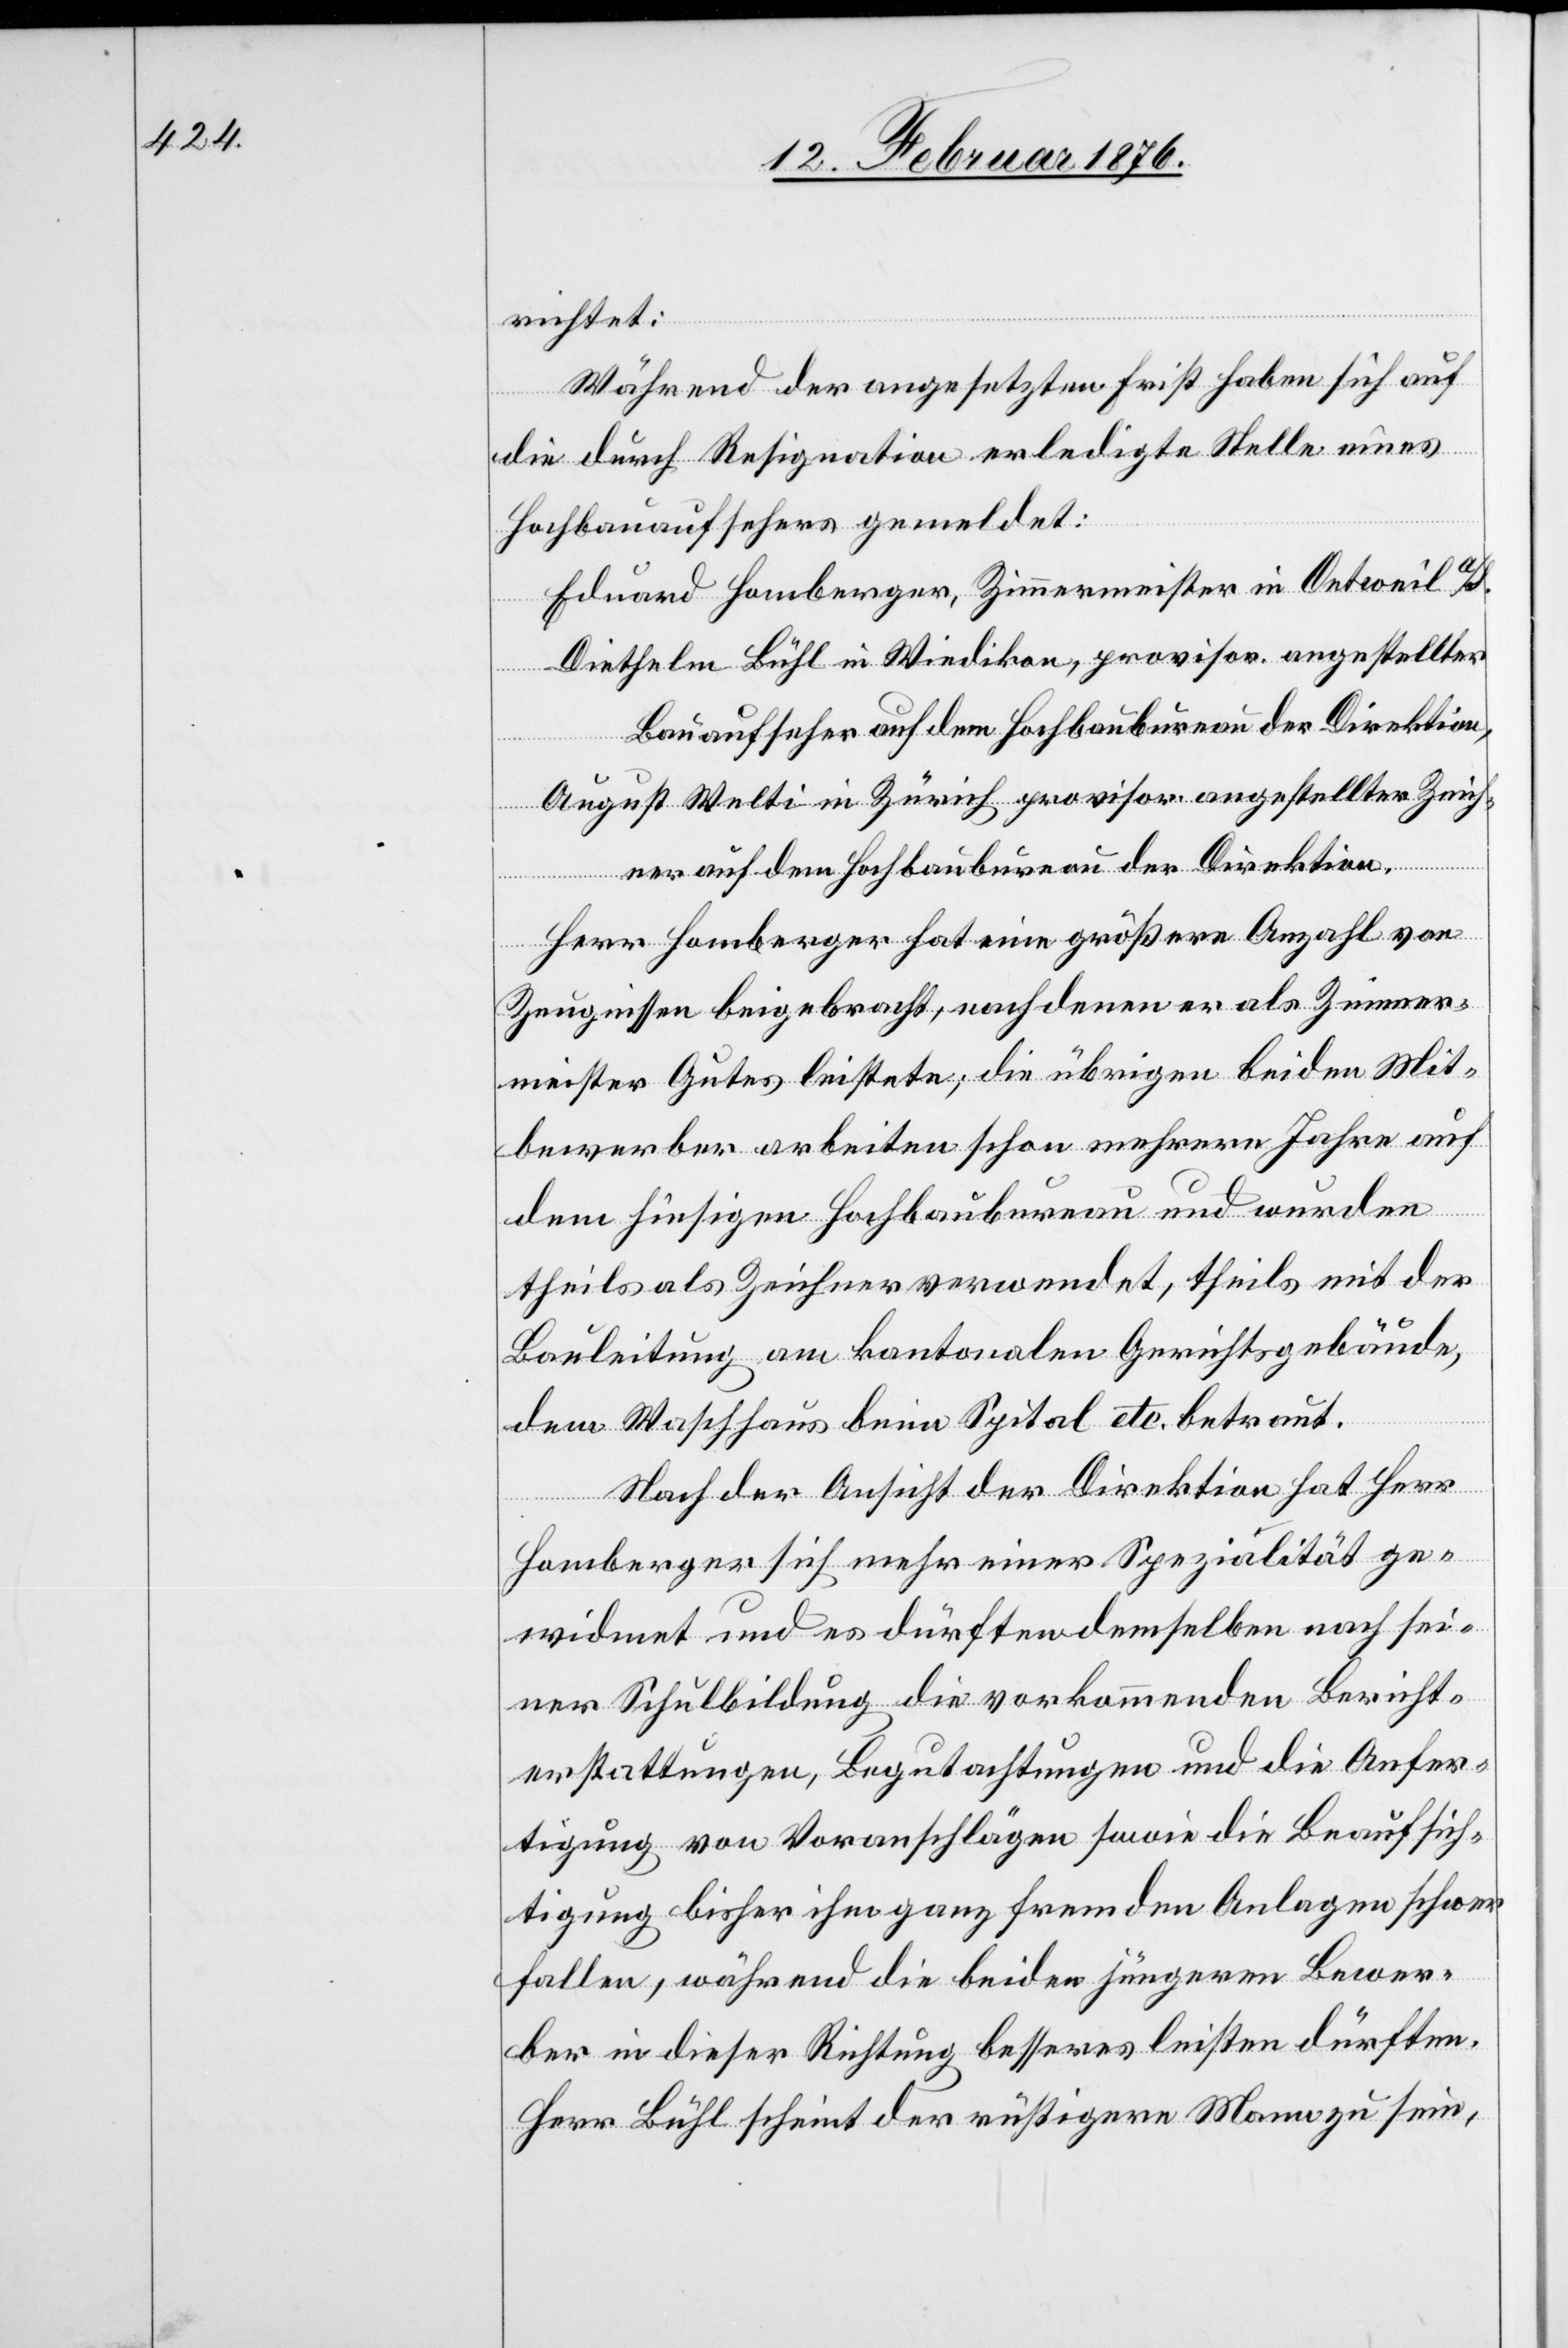
richtet:
Während der angesetzten Frist haben sich auf
die durch Resignation erledigte Stelle eines
Hochbauaufsehers gemeldet:
Eduard Homberger, Zimmermeister in Oetweil a/S.
Diethelm Bühl in Wiedikon, provisor. angestellter
Bauaufseher auf dem Hochbaubureau der Direktion,
August Welti in Zürich provisor. angestellter Zeich¬
ner auf dem Hochbaubureau der Direktion.
Herr Homberger hat eine größere Anzahl von
Zeugnissen beigebracht, nach denen er als Zimmer¬
meister Gutes leistete, die übrigen beiden Mit¬
bewerber arbeiten schon mehrere Jahre auf
dem hiesigen Hochbaubureau und wurden
theils als Zeichner verwendet, theils mit der
Bauleitung am kantonalen Gerichtsgebäude,
dem Waschhaus beim Spital betreut.
Nach der Ansicht der Direktion hat Herr
Homberger sich mehr einer Spezialität ge¬
widmet und es dürften demselben nach sei¬
ner Schulbildung die vorkommenden Bericht¬
erstattungen, Begutachtungen und die Anfer¬
tigung von Voranschlägen sowie die Beaufsich¬
tigung bisher ihm ganz fremder Anlagen schwer
fallen, während die beiden jüngeren Bewer¬
ber in dieser Richtung besseres leisten dürften.
Herr Bühl scheint der rüstigere Mann zu sein,